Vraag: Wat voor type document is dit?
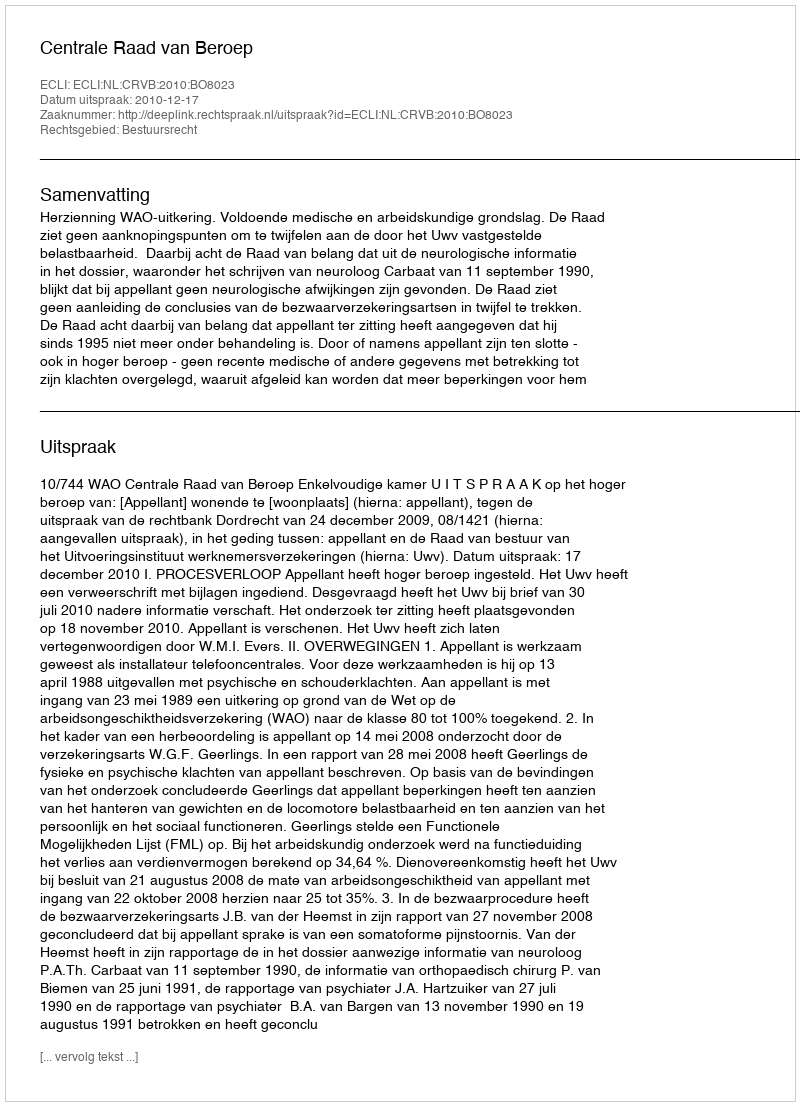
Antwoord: Uitspraak